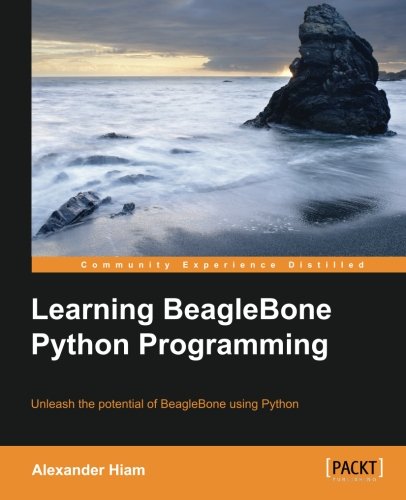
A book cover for Learning BeagleBone Python Programming; Alexander Hiam; Computers & Technology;